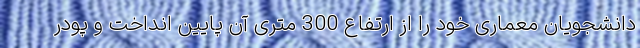
دانشجویان معماری خود را از ارتفاع 300 متری آن پایین انداخت و پودر